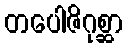
တပေါဇိဂုစ္ဆာ